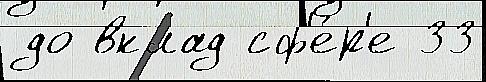
до вклад сф'е́р'е 33